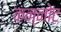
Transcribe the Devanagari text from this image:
कन्नोट